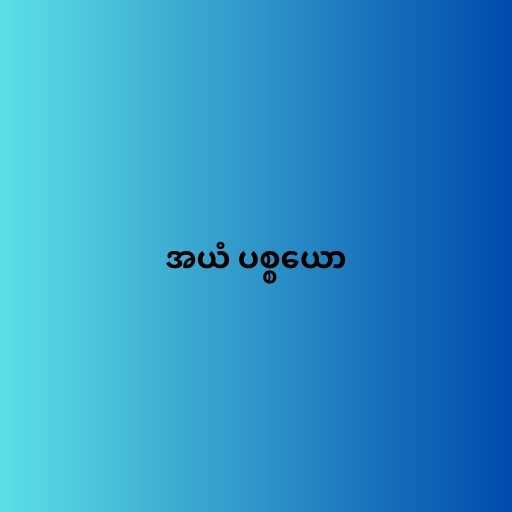
အယံ ပစ္စယော